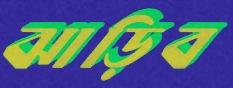
ঝাড়িব